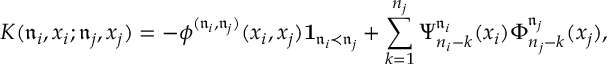
K ( \mathfrak { n } _ { i } , x _ { i } ; \mathfrak { n } _ { j } , x _ { j } ) = - \phi ^ { ( \mathfrak { n } _ { i } , \mathfrak { n } _ { j } ) } ( x _ { i } , x _ { j } ) \mathbf { 1 } _ { \mathfrak { n } _ { i } \prec \mathfrak { n } _ { j } } + \sum _ { k = 1 } ^ { n _ { j } } \Psi _ { n _ { i } - k } ^ { \mathfrak { n } _ { i } } ( x _ { i } ) \Phi _ { n _ { j } - k } ^ { \mathfrak { n } _ { j } } ( x _ { j } ) ,